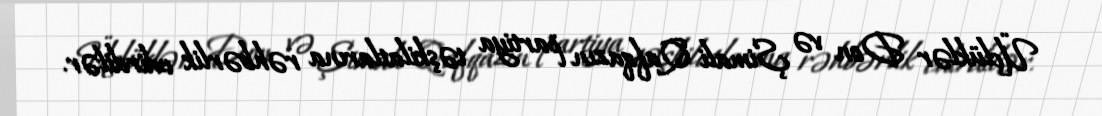
Üçlüklər Don və Şimali Qafqazın partiya təşkilatlarına rəhbərlik edirdilər.